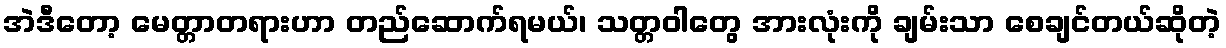
အဲဒီတော့ မေတ္တာတရားဟာ တည်ဆောက်ရမယ်၊ သတ္တဝါတွေ အားလုံးကို ချမ်းသာ စေချင်တယ်ဆိုတဲ့